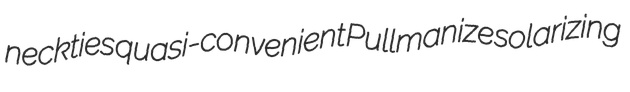
neckties quasi-convenient Pullmanize solarizing